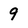
Character: 9